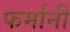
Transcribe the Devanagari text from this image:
फर्मानी